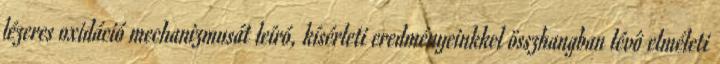
lézeres oxidáció mechanizmusát leíró, kísérleti eredményeinkkel összhangban lévô elméleti